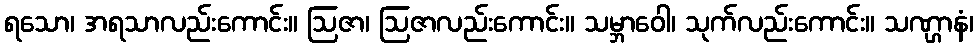
ရသော၊ အရသာလည်းကောင်း။ ဩဇာ၊ ဩဇာလည်းကောင်း။ သမ္ဘာဝေါ၊ သုက်လည်းကောင်း။ သဏ္ဌာနံ၊